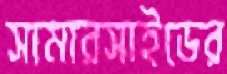
সামারসাইডের